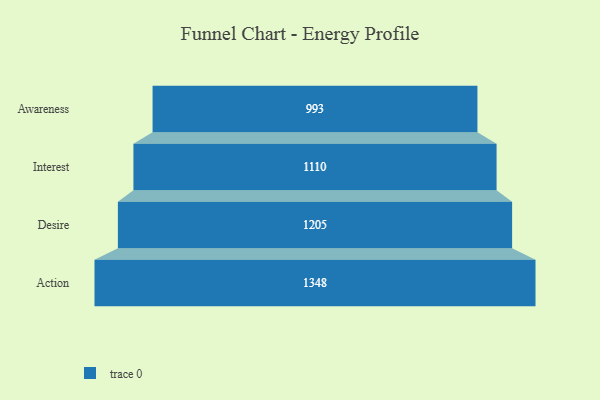
{"axis": {"x": "Stage", "y": "Value"}, "legend": [""], "data": [{"x": "Awareness", "y": 993.0, "type": ""}, {"x": "Interest", "y": 1110.0, "type": ""}, {"x": "Desire", "y": 1205.0, "type": ""}, {"x": "Action", "y": 1348.0, "type": ""}]}